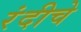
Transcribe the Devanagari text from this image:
रंदीचे